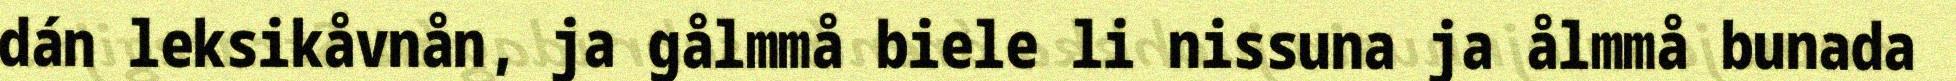
dán leksikåvnån, ja gålmmå biele li nissuna ja ålmmå bunada